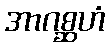
အာဂစ္ဆဟံ